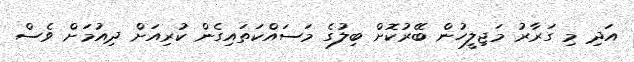
އަދި މި ގަރާރު މަޖިލީހުން ބޭރުކޮށް ބިލުގެ މަސައްކަތައިގެން ކުރިއަށް ދިއުމަށް ވެސް